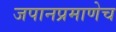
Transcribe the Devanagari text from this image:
जपानप्रमाणेच